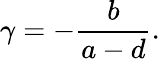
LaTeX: \gamma=-{\frac{b}{a-d}}.